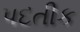
પદતીક